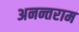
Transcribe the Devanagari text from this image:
अनन्तराम